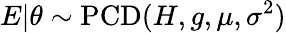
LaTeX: E|\theta\sim\operatorname{PCD}(H,g,\mu,\sigma^{2})